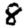
Digit: 8